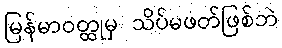
မြန်မာဝတ္ထုမှ သိပ်မဖတ်ဖြစ်ဘဲ